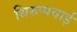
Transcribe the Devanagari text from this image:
थिरुप्पवाई